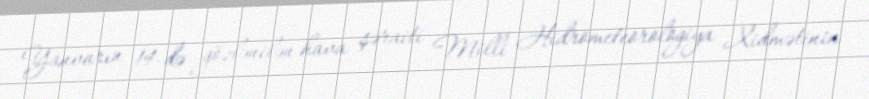
Yanvarın 14-də gözlənilən hava şəraiti Milli Hidrometeorologiya Xidmətinin